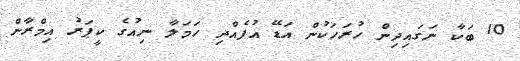
10 ބަކާ ނަގައިދިން ހުރަހަކުން އަޑޭ އުފެއްދި ހަމަލާ ނިއުގެ ކީޕަރު އިމްރާން